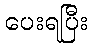
ပေးရပြီး